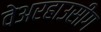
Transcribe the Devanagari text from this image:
वेअरहाउसींग